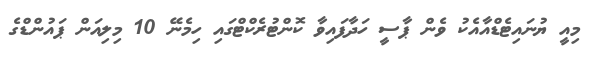
މިއީ ޔުނައިޓެޑްއާއެކު ވެން ޕާސީ ހަދާފައިވާ ކޮންޓުރެކްޓްގައި ހިމެނޭ 10 މިލިއަން ޕައުންޑްގެ